Lock hospitals Punjab
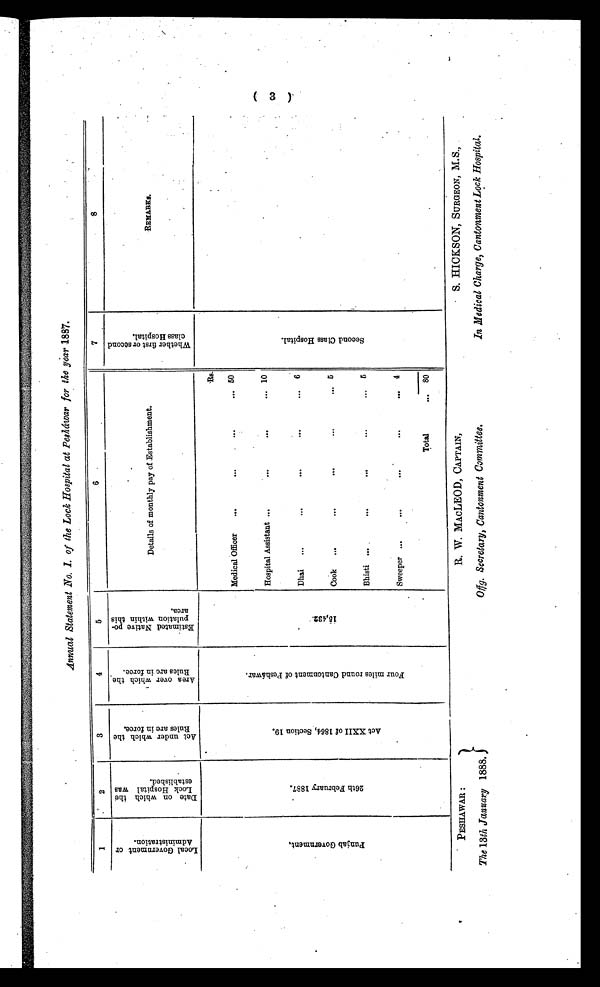
Annual Statement No.1 of the Lock Hospital at Pesháwar for the year 1887.
1
2
3
4
5
6
7
8
L o c a l G o v e r n m e n t o r A d m i n i s t r a t i o n .
D a t e o n w h i c h t h e L o c k H o s p i t a l w a s e s t a b l i s h e d .
A c t u n d e r w h i c h t h e R u l e s a r e i n f o r c e .
A r e a o v e r w h i c h t h e R u l e s a r e i n f o r c e .
E s t i m a t e d N a t i v e p o p u l a t i o n w h i c h t h i s a r e a .
Details of monthly pay of Establishment.
w h e t h e r f i r s t o r s e c o n d c l a s s H o s p i t a l .
R E M A R K S .
P u n j a b G o v e r n m e n t .
2 6 t h F e b r u a r y 1 8 8 7 .
A c t X X I I o f 1 8 6 4 , S e c t i o n 1 9 .
F o u r m i l e s r o u n d C a n t o n m e n t o f P e s h á w a r .
1 5 , 4 3 2 .
Rs.
S e c o n d c l a s s H o s p i t a l .
.
Medical Officer
...
...
. . .
. . . 50
Hospital Assistant ...
. . .
...
... 10
Dhai ...
...
. . .
. . .
. . . 6
Cook ...
...
. . .
...
... 5
Bhisti
....
. . .
. . .
. . . 5
Sweeper ...
. . .
...
. . . 4
Total
. . . 80
(3)
PESHAWAR :
The 13th January 1888.
R. W. MACLEOD, CAPTAIN,
Offg. Secretary, Cantonment Committee.
• S. HICKSON, SURGEON, M.S.,
In Medical Charge, Cantonment Lock Hospital.